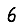
Digit: 6